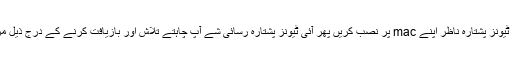
ڈاؤن لوڈ، اتارنا اور آئی ٹیونز پشتارہ ناظر اپنے mac پر نصب کریں پھر آئی ٹیونز پشتارہ رسائی شے آپ چاہتے تلاش اور بازیافت کرنے کے درج ذیل مراحل کی پیروی کریں ۔